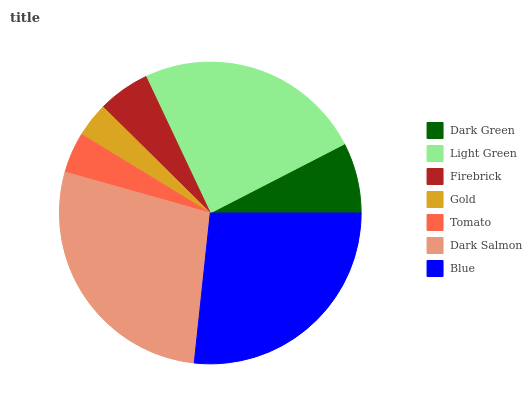
| Dark Green | Light Green | Firebrick | Gold | Tomato | Dark Salmon | Blue |
 | --- | --- | --- | --- | --- | --- | --- |
 | 7.55% | 24.5% | 5.56% | 3.69% | 4.36% | 27.7% | 26.7% |